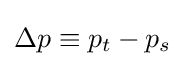
\Delta p\equiv p_{t}-p_{s}